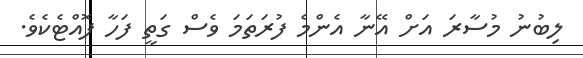
ލިބުނު މުސާރަ އަށް އޭނާ އެންމެ ފުރަތަމަ ވެސް ގަތީ ފަހާ ފޮއްޓެކެވެ.